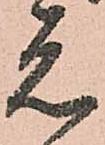
元